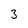
Character: 3